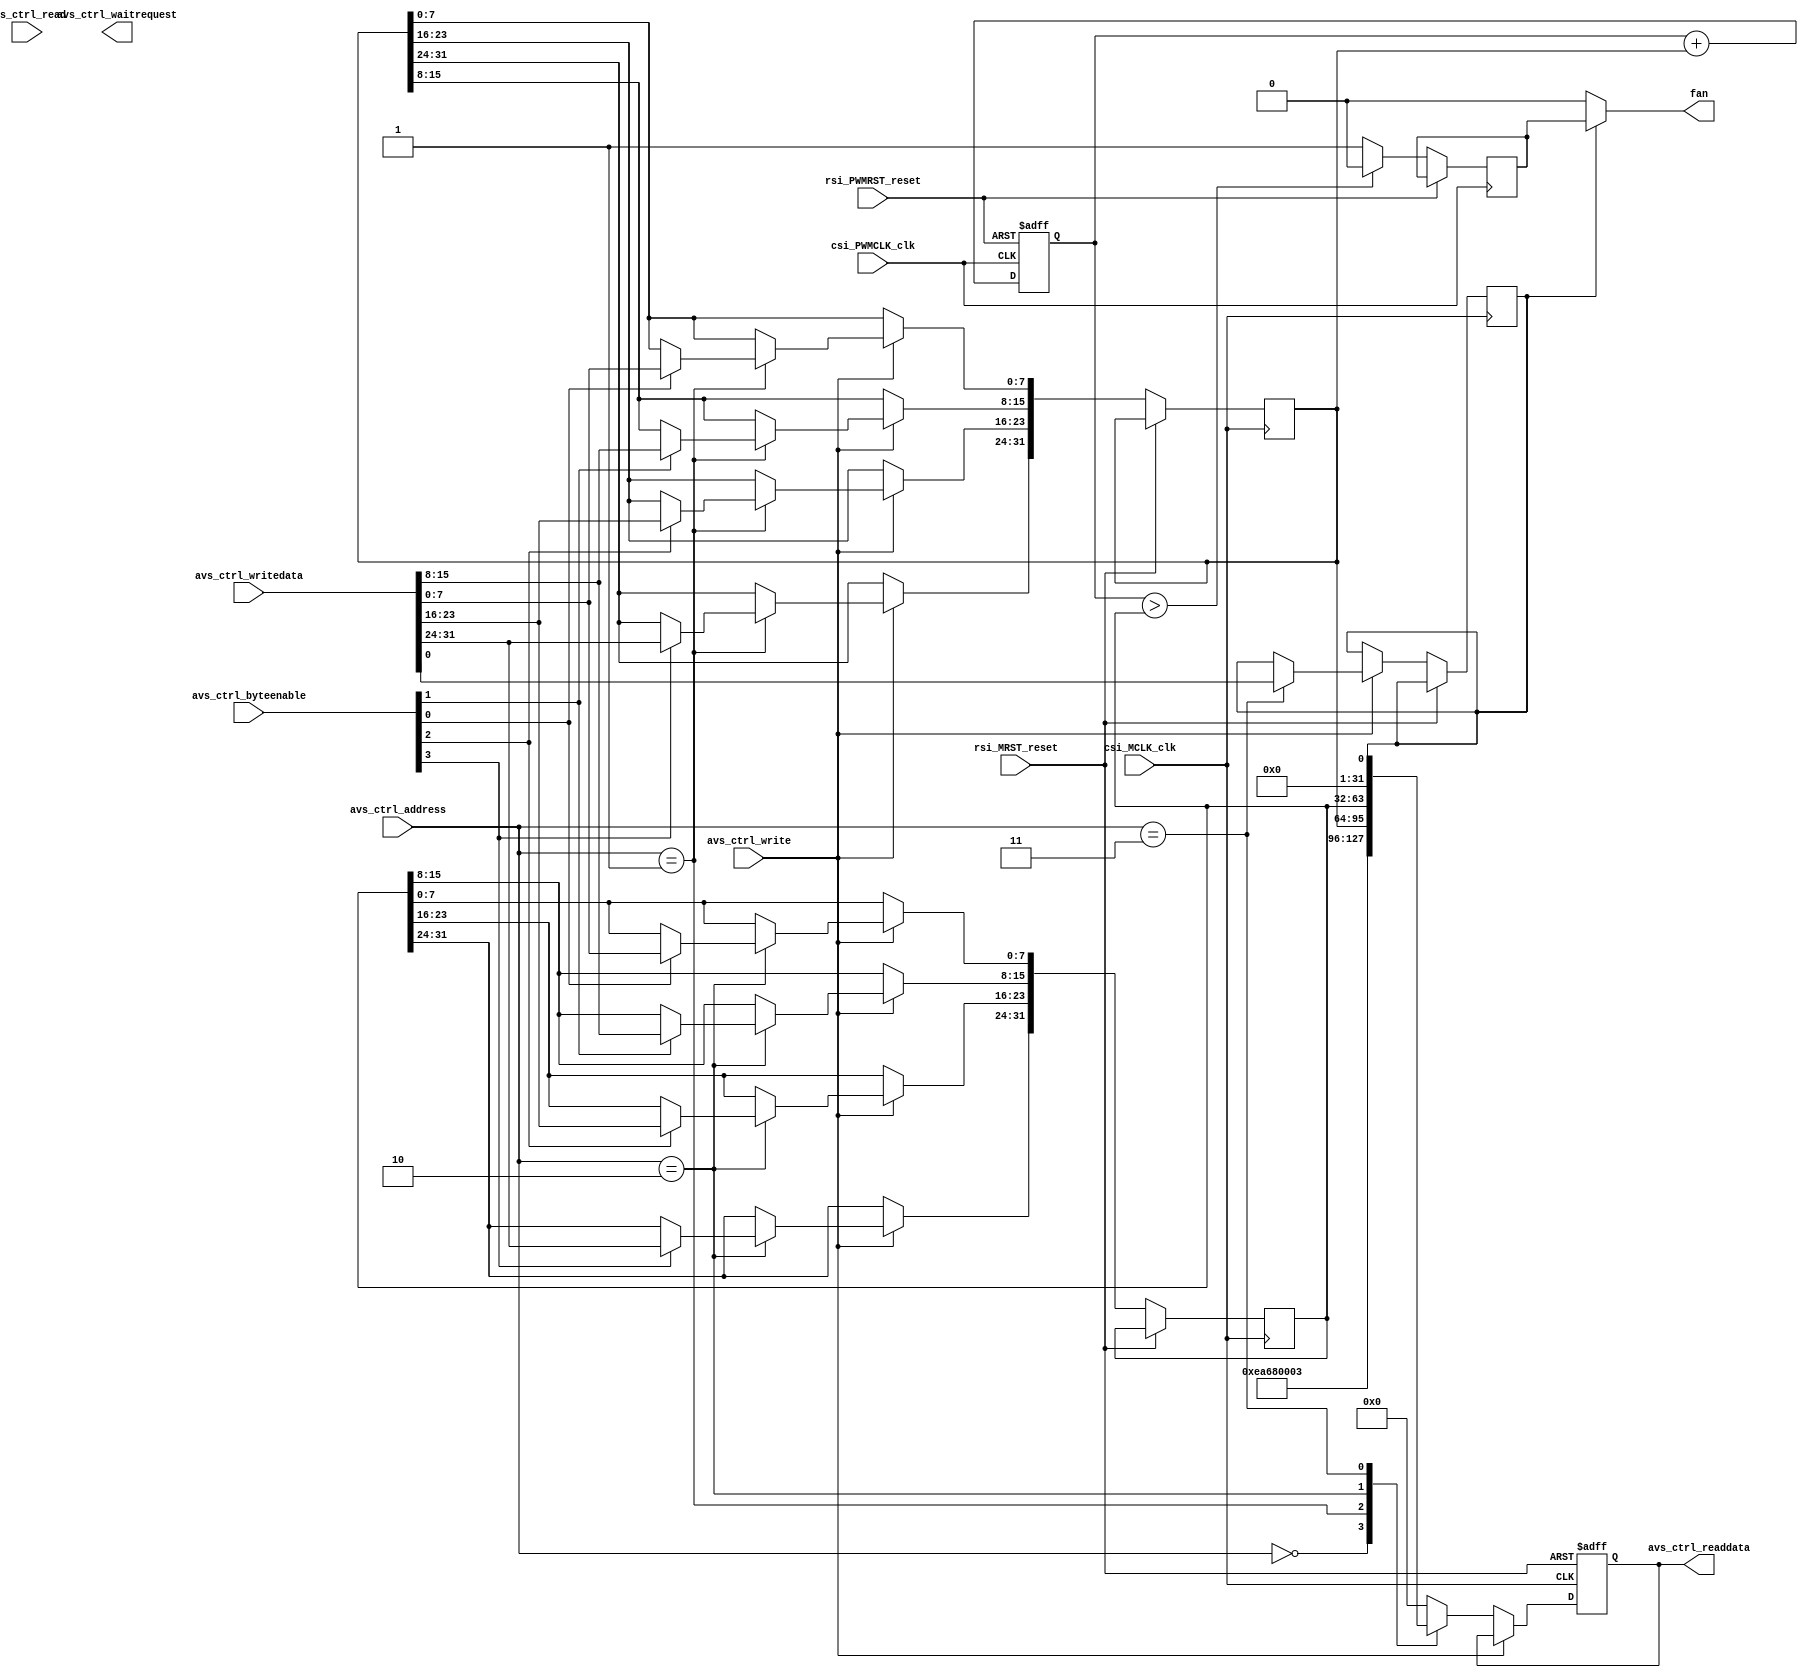
module fan_motor_driver(
		input					rsi_MRST_reset,
		input					csi_MCLK_clk,
		input		[31:0]	avs_ctrl_writedata,
		output	[31:0]	avs_ctrl_readdata,
		input		[3:0]		avs_ctrl_byteenable,
		input		[2:0]		avs_ctrl_address,
		input					avs_ctrl_write,
		input					avs_ctrl_read,
		output				avs_ctrl_waitrequest,
		input					rsi_PWMRST_reset,
      input					csi_PWMCLK_clk,
		output fan
		);
   reg on_off;
	reg [31:0] PWM_width;
	reg [31:0] PWM_frequent;
	reg [31:0] read_data;
	assign	avs_ctrl_readdata = read_data;
	always@(posedge csi_MCLK_clk or posedge rsi_MRST_reset)
	begin
		if(rsi_MRST_reset) begin
			read_data <= 0;
		end
		else if(avs_ctrl_write) 
		begin
			case(avs_ctrl_address)
				1: begin
					if(avs_ctrl_byteenable[3]) PWM_frequent[31:24] <= avs_ctrl_writedata[31:24];
					if(avs_ctrl_byteenable[2]) PWM_frequent[23:16] <= avs_ctrl_writedata[23:16];
					if(avs_ctrl_byteenable[1]) PWM_frequent[15:8] <= avs_ctrl_writedata[15:8];
					if(avs_ctrl_byteenable[0]) PWM_frequent[7:0] <= avs_ctrl_writedata[7:0];
				end
				2: begin
					if(avs_ctrl_byteenable[3]) PWM_width[31:24] <= avs_ctrl_writedata[31:24];
					if(avs_ctrl_byteenable[2]) PWM_width[23:16] <= avs_ctrl_writedata[23:16];
					if(avs_ctrl_byteenable[1]) PWM_width[15:8] <= avs_ctrl_writedata[15:8];
					if(avs_ctrl_byteenable[0]) PWM_width[7:0] <= avs_ctrl_writedata[7:0];
				end
				3: on_off <= avs_ctrl_writedata[0];
				default:;
			endcase
	   end
		else begin
			case(avs_ctrl_address)
				0: read_data <= 32'hEA680003;
				1: read_data <= PWM_frequent;
				2: read_data <= PWM_width;
				3: read_data <= {31'b0,on_off};
				default: read_data <= 32'b0;
			endcase
		end
	end
	reg [31:0] PWM;
	reg PWM_out;
	always @ (posedge csi_PWMCLK_clk or posedge rsi_PWMRST_reset)
	begin
		if(rsi_PWMRST_reset)
			PWM <= 32'b0;
		else
		begin
			PWM <= PWM + PWM_frequent;
			PWM_out <=(PWM > PWM_width) ? 0:1;   
		end
	end
	assign fan = on_off?PWM_out:0; 
endmodule